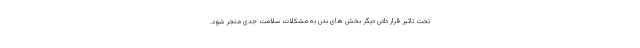
تحت تاثیر قرار دادن دیگر بخش های بدن به مشکلات سلامت جدی منجر شود.